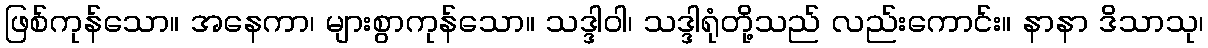
ဖြစ်ကုန်သော။ အနေကာ၊ များစွာကုန်သော။ သဒ္ဒါဝါ၊ သဒ္ဒါရုံတို့သည် လည်းကောင်း။ နာနာ ဒိသာသု၊